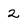
Character: 2